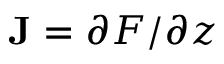
\mathbf { J } = \partial \boldsymbol { F } / \partial \boldsymbol { z }